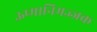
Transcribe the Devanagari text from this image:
ऊष्मानिमज्जक